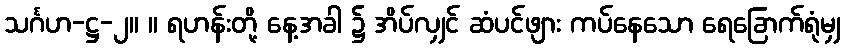
သင်္ဂဟ-ဋ္ဌ-၂။ ။ ရဟန်းတို့ နေ့အခါ ၌ အိပ်လျှင် ဆံပင်ဖျား ကပ်နေသော ရေခြောက်ရုံမျှ